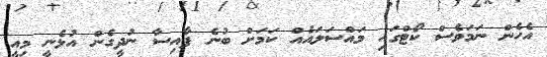
އެހެން ނަމަވެސް ކޯޓްގައި މައްސަލައެއް ކަމަށް ބުނެ ފާއިސާ ނުދީގެން އުޅެނީ މިއީ